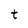
Character: t